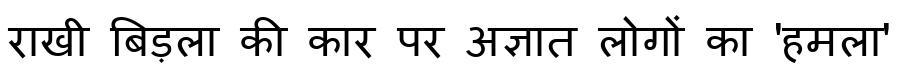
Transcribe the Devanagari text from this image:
राखी बिड़ला की कार पर अज्ञात लोगों का 'हमला'